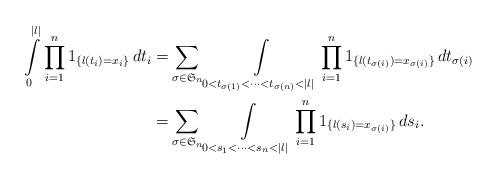
\begin{align*}\int\limits_{0}^{|l|}\prod\limits_{i=1}^{n}1_{\{l(t_i)=x_{i}\}}\,dt_i=&\sum\limits_{\sigma\in\mathfrak{S}_n}\int\limits_{0<t_{\sigma(1)}<\cdots<t_{\sigma(n)}<|l|}\prod\limits_{i=1}^{n}1_{\{l(t_{\sigma(i)})=x_{\sigma(i)}\}}\,dt_{\sigma(i)}\\=&\sum\limits_{\sigma\in\mathfrak{S}_n}\int\limits_{0<s_1<\cdots<s_n<|l|}\prod\limits_{i=1}^{n}1_{\{l(s_i)=x_{\sigma(i)}\}}\,ds_i.\end{align*}